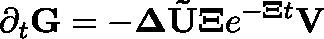
\partial _ { t } \mathbf { G } = - \mathbf { \Delta } \mathbf { \tilde { U } } \mathbf { \Xi } e ^ { \mathbf { - \mathbf { \Xi } } t } \mathbf { V }